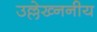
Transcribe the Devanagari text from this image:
उल्लेख्ननीय